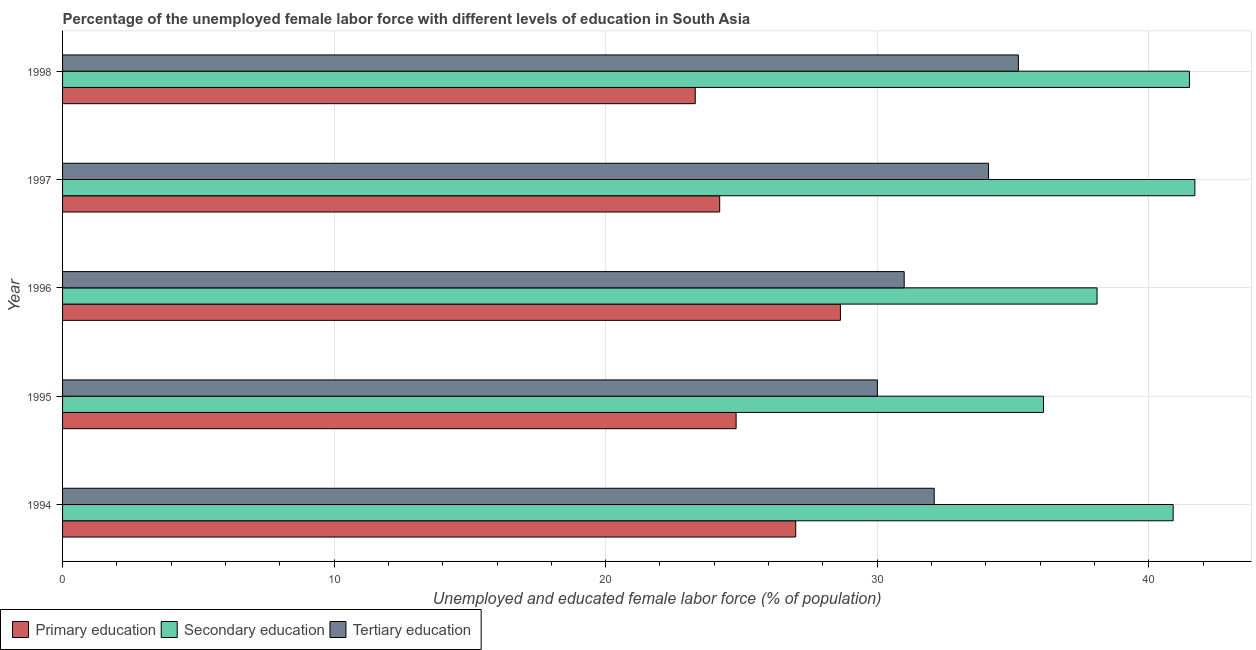
| Year | Primary education | Secondary education | Tertiary education |
 | --- | --- | --- | --- |
 | 1994 | 27 | 40.9 | 32.1 |
 | 1995 | 24.8 | 36.1 | 30 |
 | 1996 | 28.6 | 38.1 | 31 |
 | 1997 | 24.2 | 41.7 | 34.1 |
 | 1998 | 23.3 | 41.5 | 35.2 |